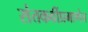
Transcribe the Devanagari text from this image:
संतकवींप्रमाणेच